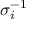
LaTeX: \sigma _ { i } ^ { - 1 }